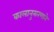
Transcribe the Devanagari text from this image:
कालानुसरणाने